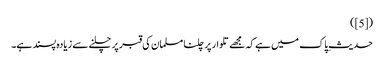
([5])
حدیثِ پاک میں ہے کہ مجھے تلوار پر چلنا مسلمان کی قبر پر چلنے سے زیادہ پسند ہے۔